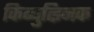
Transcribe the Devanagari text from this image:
किब्बुत्झ्निक